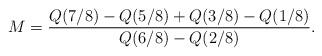
LaTeX: \begin{align*}M=\frac{Q(7/8)-Q(5/8)+Q(3/8)-Q(1/8)}{Q(6/8)-Q(2/8)}.\end{align*}